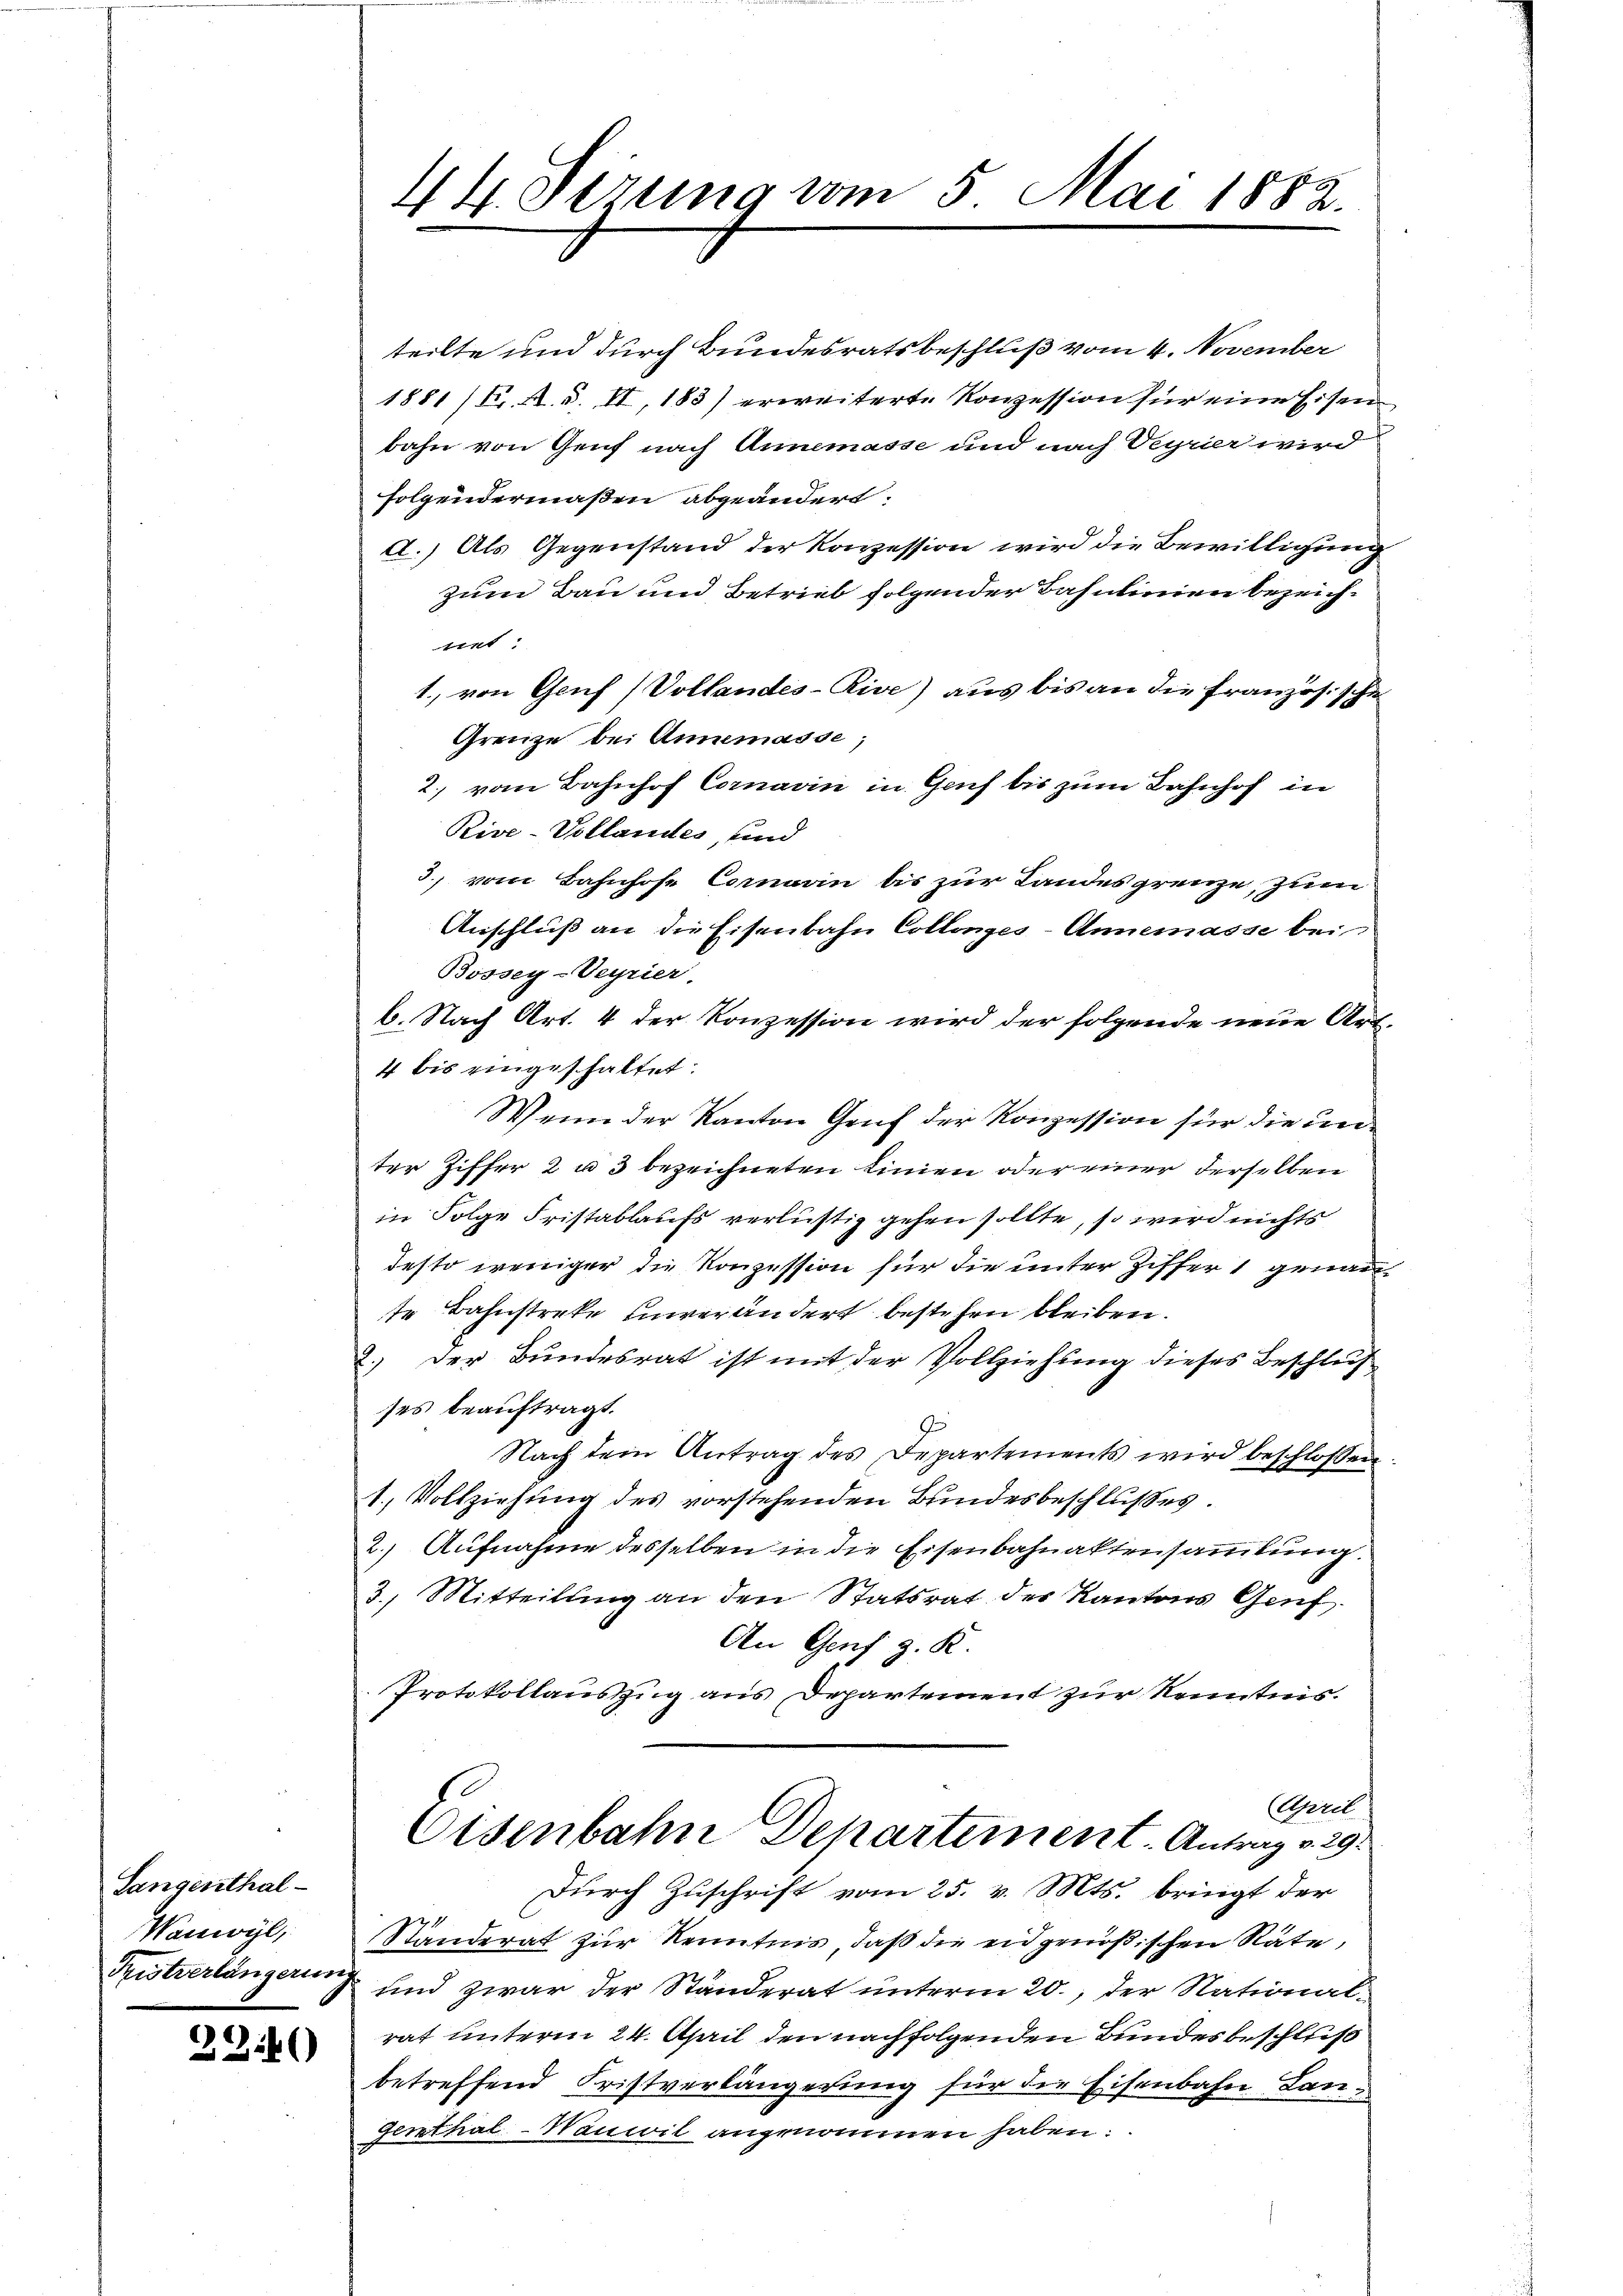
Sangenthal¬
Wanwyl,

234

44. Serung vom 5. Mai 1882.

teilte und durch Bundesratsbeschluß vom 4. November
1881/F. A. S. II, 183) erweiterte Konzession für eine Eisen
bahn von Genf nach Annemasse und nach Veyrier wird
folgendermaßen abgeändert.
A.) Als Gegenstand der Konzession wird die Bewilligung
zum Bau und Betrieb folgender Bahnlinien bezeicht
1., von Genf (Vollandes-Rice) aus bis an die Französ. schie
Grenze bei Annemasse;
2. vom Bahnhof Cornarin in Genf bis zum Bahnhof in
Rive-Vollandes, und
3) vom Bahnhofe Cornarin bis zur Landesgrenze, zum
Anschluß an die Eisenbahn Collonges - Annemasse bei
Bossey-Veyrier.
6. Nach Art. 4 der Konzession wird der folgende neue Art
4 bis eingeschaltet:
Wenn der Kanton Genf der Konzession für die unter Ziffer 2 u 3 bezeichneten Linien oder einer derselben
in Folge Fristablaufs verlustig gehen sollte, so wird nichts
desto weniger die Konzession für die unter Ziffer 1 genannte Bahnstreke einverändert bestehen bleiben.
2.) Der Bundesrat ist mit der Vollziehung dieses Beschleif
ses beauftragt.
9
Nach dem Antrag des Departements wird beschlossen
1. Vollziehung des vorstehenden Bundesbeschlußes.
2.) Aufnahme desselben in die Eisenbahnaktensammlung.
3.) Mitteilung an den Statsrat des Kantons Genf
An Genf z. R.
Protokollauszug aus Departement zur Kenntnis.
April
Eisenbahn Departement. Antrag v. 29.
Durch Zuschrift vom 25. v. Mts. bringt der
Ständerat zur Kenntnis, daß die eidgenößischen Räte,
Tristverlängerung und zwar der Ständerat unterm 20., der Nationalrat unterm 24. April den nachfolgenden Bundesbeschluß
betreffend Fristverlängerung für die Eisenbahn-Lan¬
Genthal-Nauwil angenommen haben.